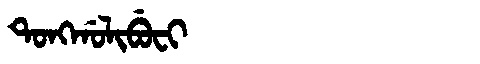
Manchu: ᡨᠣᠩᡤᠣᠯᡳᠪᡠᠸᡳ
Romanization: TONGGOLIBUFI